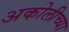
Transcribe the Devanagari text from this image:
अकोलीच्या